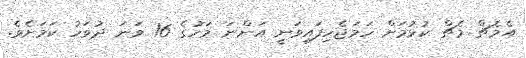
އެމެޗް މެޗް ކުޅުމަށް ހަމަޖެހިފައިވަނީ އަންނަ މަހުގެ 16 ވަނަ ދުވަހު ކަމަށެވެ.